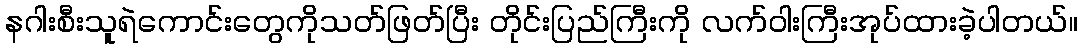
နဂါးစီးသူရဲကောင်းတွေကိုသတ်ဖြတ်ပြီး တိုင်းပြည်ကြီးကို လက်ဝါးကြီးအုပ်ထားခဲ့ပါတယ်။